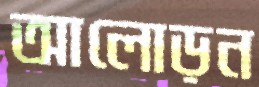
আলোড়ন